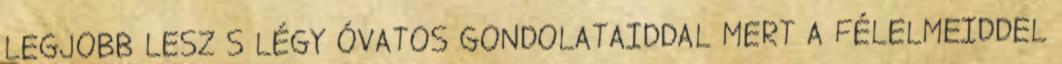
LEGJOBB LESZ S LÉGY ÓVATOS GONDOLATAIDDAL MERT A FÉLELMEIDDEL